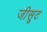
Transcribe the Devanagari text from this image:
जीसूट